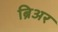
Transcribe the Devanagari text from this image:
ब्रिअर